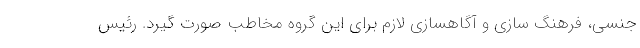
جنسی، فرهنگ سازی و آگاهسازی لازم برای این گروه مخاطب صورت گیرد. رئیس